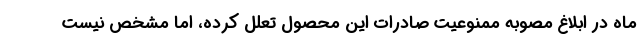
ماه در ابلاغ مصوبه ممنوعیت صادرات این محصول تعلل کرده، اما مشخص نیست